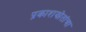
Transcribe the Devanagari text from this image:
प्रकाशझोतांचा